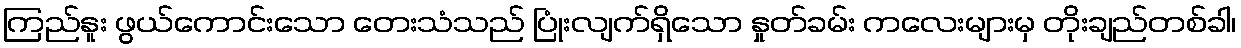
ကြည်နူး ဖွယ်ကောင်းသော တေးသံသည် ပြုံးလျက်ရှိသော နှုတ်ခမ်း ကလေးများမှ တိုးချည်တစ်ခါ၊